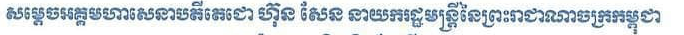
សម្ដេចអគ្គមហាសេនាបតីតេជោ ហ៊ុន សែន នាយករដ្ឋមន្ត្រីនៃព្រះរាជាណាចក្រកម្ពុជា